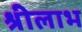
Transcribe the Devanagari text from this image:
श्रीलाभ